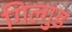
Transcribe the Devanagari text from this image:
गिल्गुड